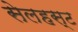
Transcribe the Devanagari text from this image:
सेलहस्ट